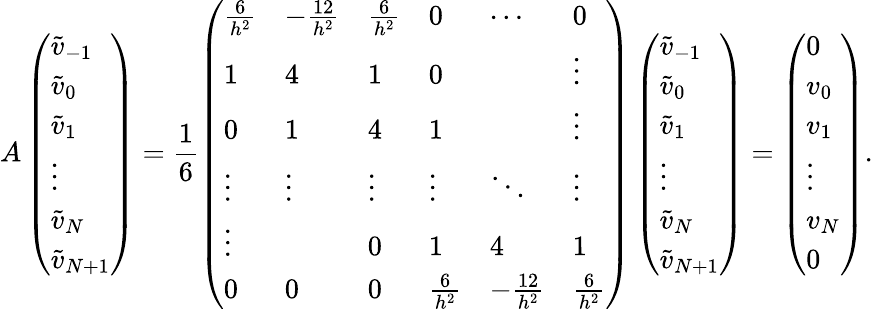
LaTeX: A\left(\begin{array}{l}{\widetilde v_{-1}}\\ {\widetilde v_{0}}\\ {\widetilde v_{1}}\\ {\vdots}\\ {\widetilde v_{N}}\\ {\widetilde v_{N+1}}\end{array}\right)=\frac{1}{6}\left(\begin{array}{llllll}{\frac{6}{h^{2}}}&{-\frac{12}{h^{2}}}&{\frac{6}{h^{2}}}&{0}&{\cdots}&{0}\\ {1}&{4}&{1}&{0}&&{\vdots}\\ {0}&{1}&{4}&{1}&&{\vdots}\\ {\vdots}&{\vdots}&{\vdots}&{\vdots}&{\ddots}&{\vdots}\\ {\vdots}&&{0}&{1}&{4}&{1}\\ {0}&{0}&{0}&{\frac{6}{h^{2}}}&{-\frac{12}{h^{2}}}&{\frac{6}{h^{2}}}\end{array}\right)\left(\begin{array}{l}{\widetilde v_{-1}}\\ {\widetilde v_{0}}\\ {\widetilde v_{1}}\\ {\vdots}\\ {\widetilde v_{N}}\\ {\widetilde v_{N+1}}\end{array}\right)=\left(\begin{array}{l}{0}\\ {v_{0}}\\ {v_{1}}\\ {\vdots}\\ {v_{N}}\\ {0}\end{array}\right).